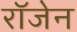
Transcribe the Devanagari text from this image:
रॉजेन